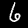
Label: 6